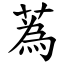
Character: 蒍